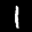
Label: 1